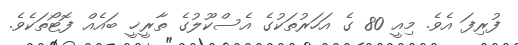
ފުރިފަ އެވެ. މިއީ 80 ގެ އަހަރުތަކުގެ އެސްކޫލުގެ ތާރީޚީ ބައެއް ފޮޓޯތަކެވެ.